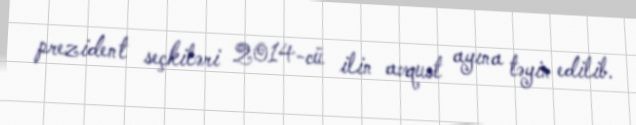
prezident seçkiləri 2014-cü ilin avqust ayına təyin edilib.